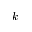
\boldsymbol { k }